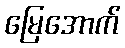
မြေအောက်